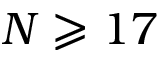
N \geqslant 1 7